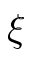
\xi